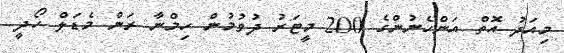
މިއަދު އޮތް އަންހެނުންގެ 200 މީޓަރު ދުވުމުން ހިމްނާ ރަން މެޑަލް ހޯދީ